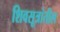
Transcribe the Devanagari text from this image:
शिवसूत्रांतील